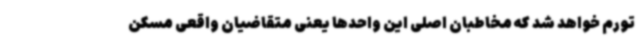
تورم خواهد شد که مخاطبان اصلی این واحدها یعنی متقاضیان واقعی مسکن